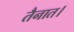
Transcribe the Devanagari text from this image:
तैनात।